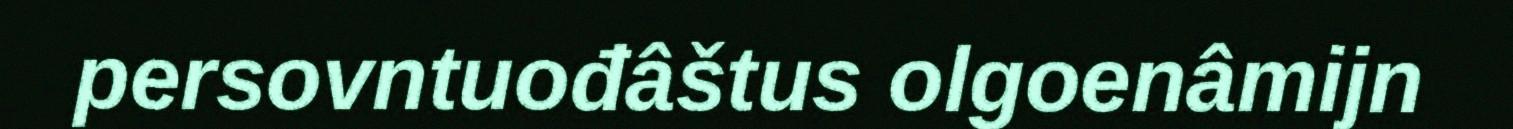
persovntuođâštus olgoenâmijn